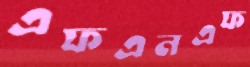
এফএনএফ